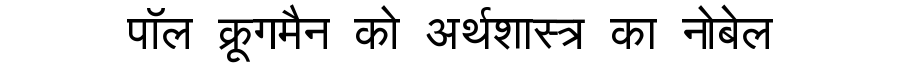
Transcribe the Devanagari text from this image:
पॉल क्रूगमैन को अर्थशास्त्र का नोबेल